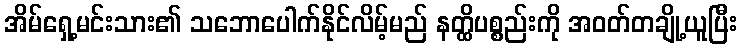
အိမ်ရှေ့မင်းသား၏ သဘောပေါက်နိုင်လိမ့်မည် နတ္ထိပစ္စည်းကို အဝတ်တချို့ယူပြီး